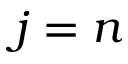
j = n